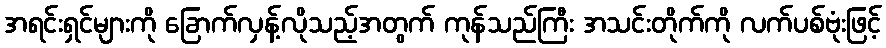
အရင်းရှင်များကို ခြောက်လှန့်လိုသည့်အတွက် ကုန်သည်ကြီး အသင်းတိုက်ကို လက်ပစ်ဗုံးဖြင့်